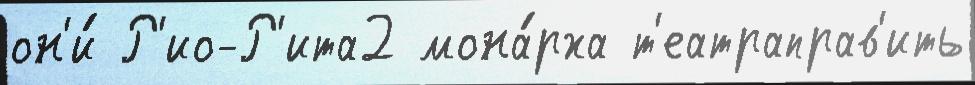
он'и́ Р'ио-Р'ита2 мона́рха т'еатраправ'ить